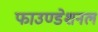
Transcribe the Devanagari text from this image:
फाउण्डेशनल